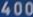
4000